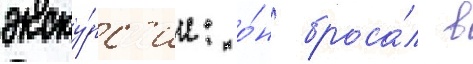
экску́рс'ии: о́н броса́л в